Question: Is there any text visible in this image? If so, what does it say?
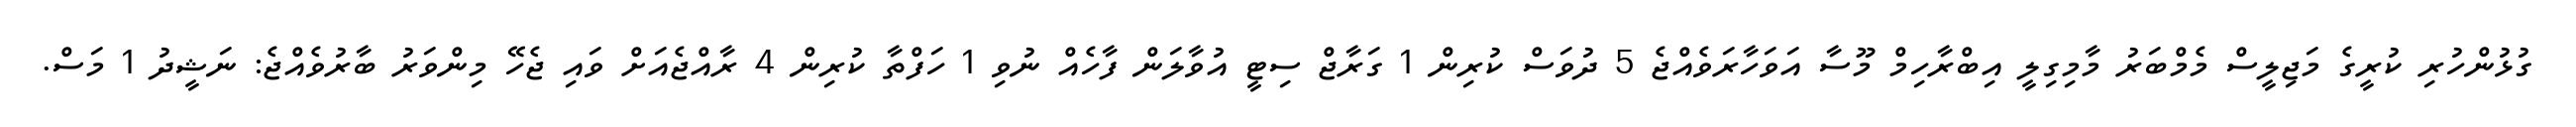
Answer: ގުޅުންހުރި ކުރީގެ މަޖިލީސް މެމްބަރު މާމިގިލީ އިބްރާހިމް މޫސާ އަވަހާރަވެއްޖެ 5 ދުވަސް ކުރިން 1 ގަރާޖް ސިޓީ އުވާލަން ފާހެއް ނުވި 1 ހަފްތާ ކުރިން 4 ރާއްޖެއަށް ވައި ޖެހޭ މިންވަރު ބާރުވެއްޖެ: ނަޝީދު 1 މަސް.